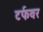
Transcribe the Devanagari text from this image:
टर्फवर